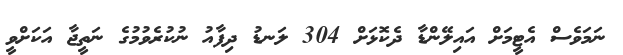
ނަމަވެސް އެޓީމަށް އައިލޭންޑާ ދެކޮޅަށް 304 ލަނޑު ދިފާއު ނުކުރެވުމުގެ ނަތީޖާ އަކަށްވީ